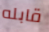
قابله